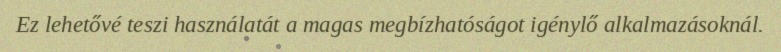
Ez lehetővé teszi használatát a magas megbízhatóságot igénylő alkalmazásoknál.